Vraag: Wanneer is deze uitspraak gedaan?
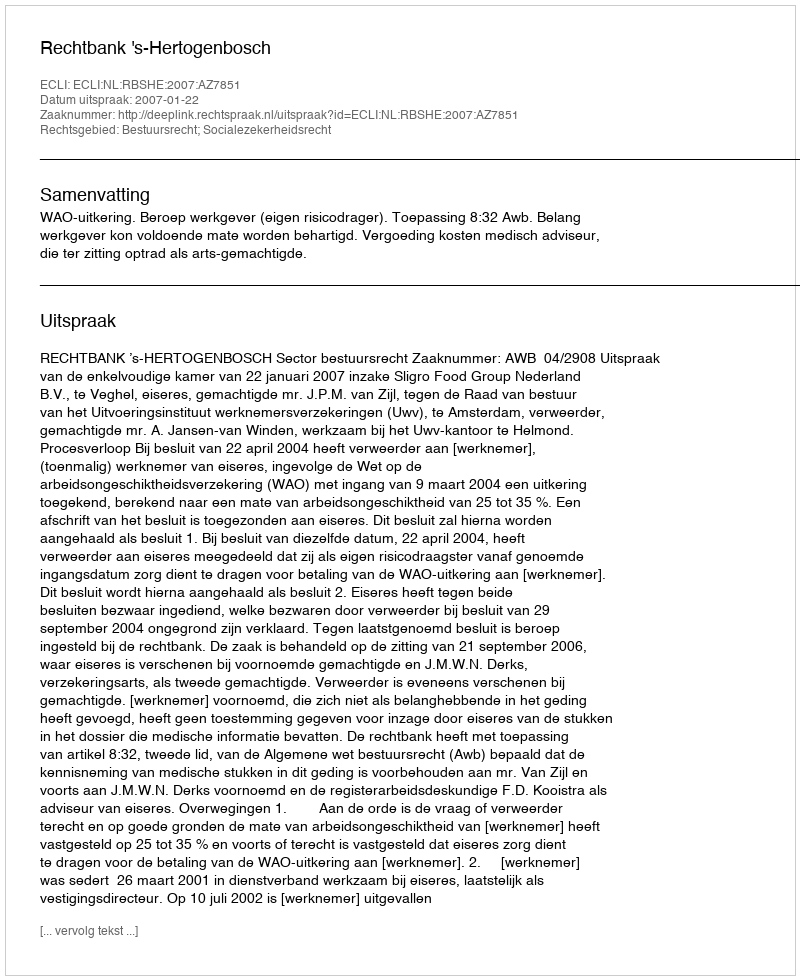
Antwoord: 2007-01-22